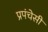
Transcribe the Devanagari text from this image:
प्रपंचेसी